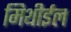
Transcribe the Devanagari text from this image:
मिथीईल